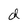
Character: d